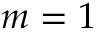
m = 1